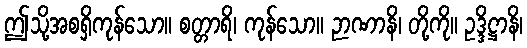
ဤသို့အစရှိကုန်သော။ စတ္တာရိ၊ ကုန်သော။ ဉာဏာနိ၊ တို့ကို။ ဥဒ္ဒိဋ္ဌာနိ၊